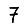
Digit: 7